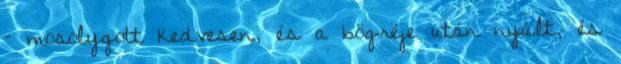
– mosolygott kedvesen, és a bögréje után nyúlt, és